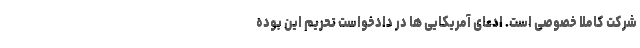
شرکت کاملاً خصوصی است. ادعای آمریکایی ها در دادخواست تحریم این بوده